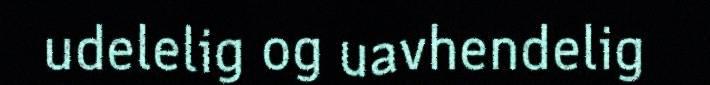
udelelig og uavhendelig